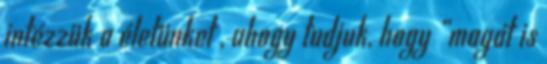
intézzük a életünket , ahogy tudjuk, hogy „magát is